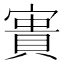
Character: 𡪲